Indian journal of veterinary science and animal husbandry - Volume 13,
Year: 1943
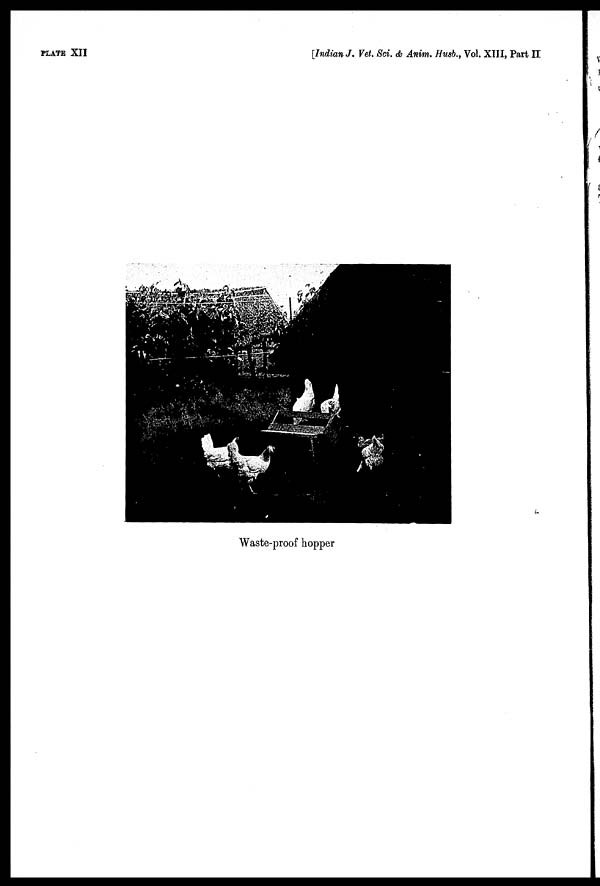
PLATE XII
[Indian J. Vet. Sci. & Anim. Husb., Vol. XIII, Part II
Waste-proof hopper